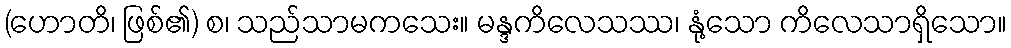
(ဟောတိ၊ ဖြစ်၏) စ၊ သည်သာမကသေး။ မန္ဒကိလေသဿ၊ နုံ့သော ကိလေသာရှိသော။